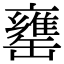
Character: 罋